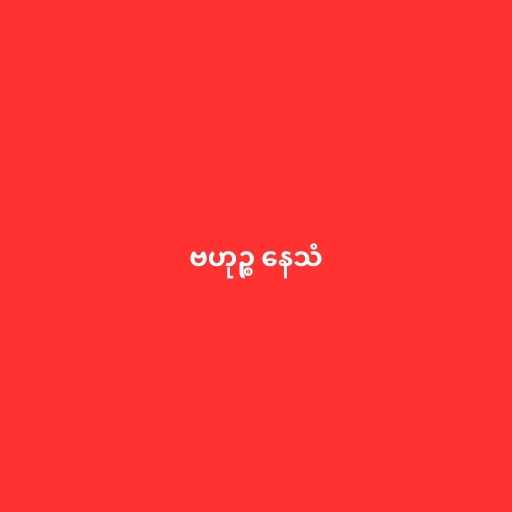
ဗဟုဉ္စ နေသံ